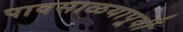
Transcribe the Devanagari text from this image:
पावसाळयापूर्वी